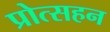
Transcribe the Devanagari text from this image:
प्रोत्सहन